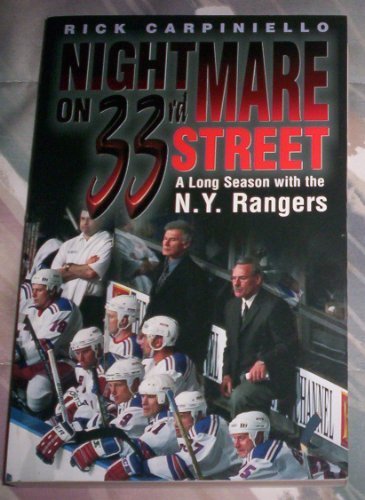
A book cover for Nightmare on 33rd Street : A Long Season with the NY Rangers; Rick Carpiniello; Biographies & Memoirs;